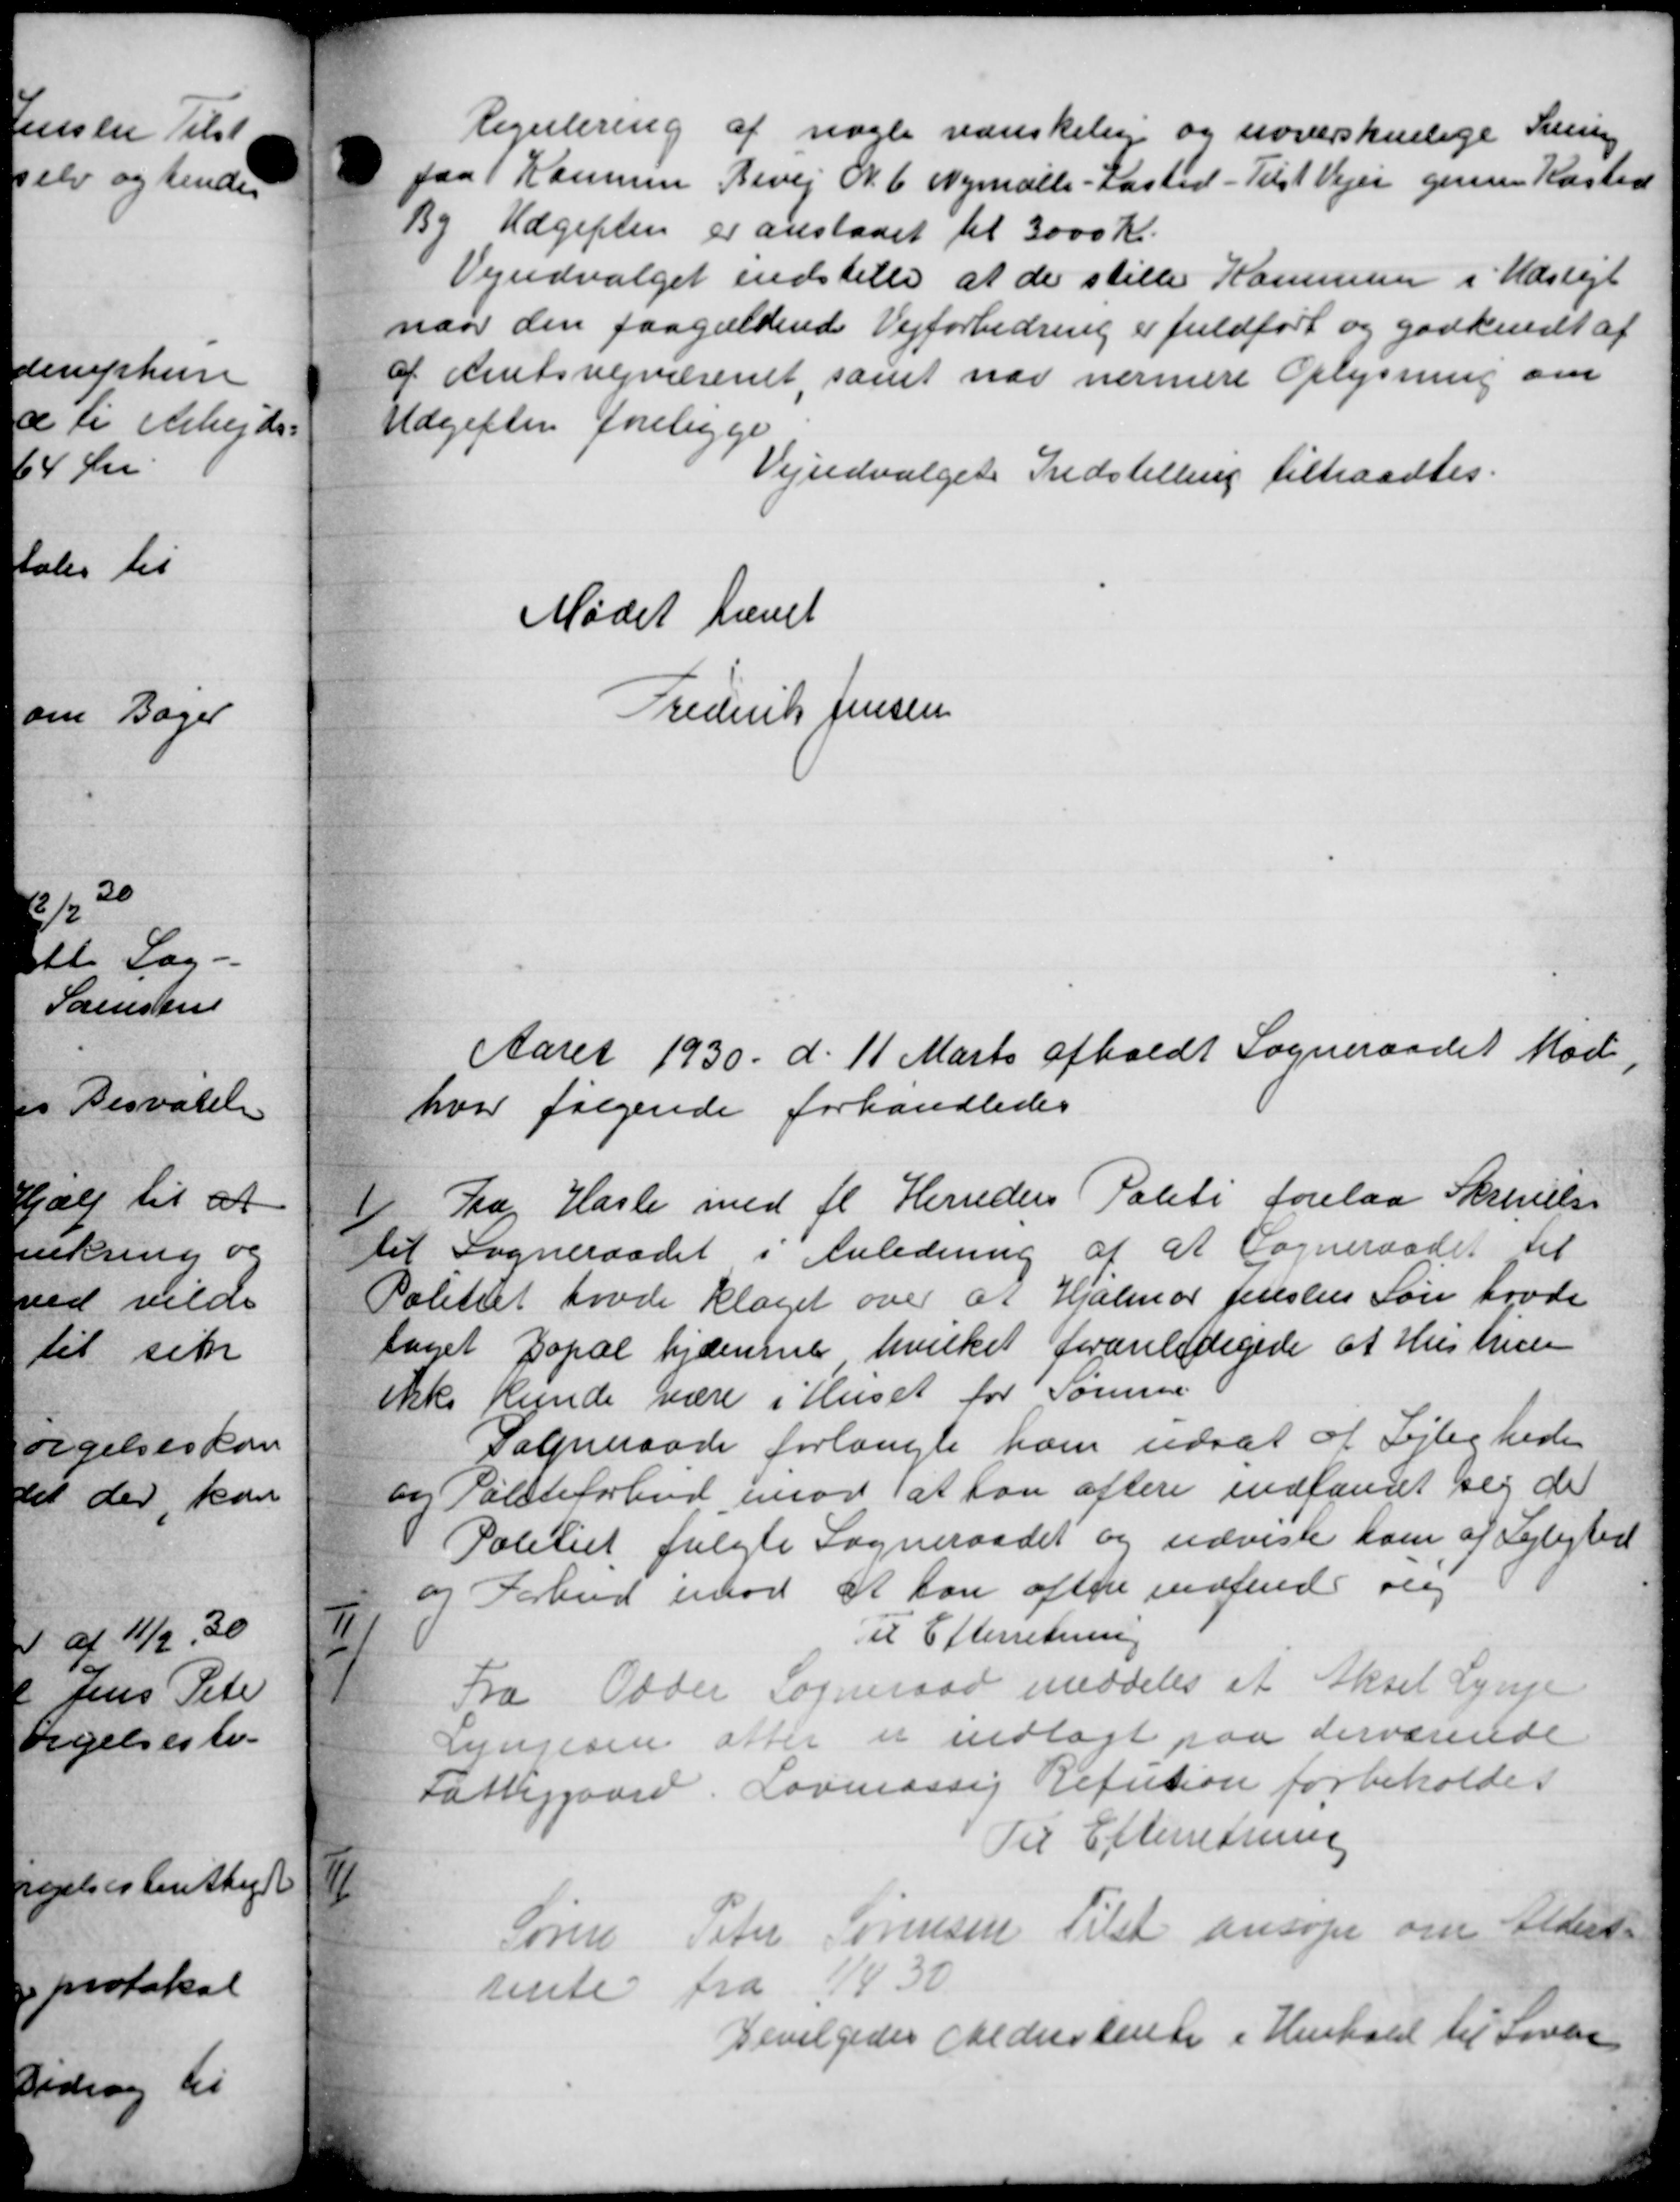
Transskription:
Regulering af nogle vanskelig og noverskelige Sving
paa Kammer Bevej N. 6 Nymalle - Kasted - Tilst Vejen genne Kasted
By Udgiften er anstaaet til 3000 Kr.
Vejudvalget indstille at de stille Kommune i Udstigt
naar den paagældende Vejforbedring er fuldført og godkendt af
af Amtsvejvæsenet, samt nor nærmere Oplysning om
Udgifter foreligge
Vejudvalget Indstilling tiltraadtes.
Mødet hævet
Frederik Jensen
Aaret 1930 d. 11 Marts afholdt Sogneraadet Mød
hvor følgende forhandledes

Pra Hasle med fl Herreders Politi forelaa Skrivelse
til Sogneraadet i Anledning af at Sogneraadet til
Politiet havde klaget over at Hjalmar Jensens Søn havde
taget Dopal hjemme hvilket foranledigede at Hustruer
ikke kunde være i Huset for Somme
Sogneraade forlangte ham udsat af Lejlighede
og Politiforbud imod at han eftere indfanet sig de
 Politiet fulgte Sogneraadet og udviste ham af Lejlighed
og Forbud imod at kan eftere indsende og
Til Efterretning
II
Fra Odder Sogneraad meddeles at Aksel Lynge
Lyngesen efter er indlagt paa derværende
Fattiggaard. Lovmæssig Refusion forbeholdes
Til Efterretning
III
Søren Peter Sørensen Tilst ansøger om Alders-
rente fra 1/4 30
Bevilgedes Aldersrente i Henhold til Loven